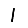
Digit: 1